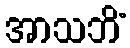
အာသဘိံ